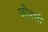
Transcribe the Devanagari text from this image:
ज़ोक्ची